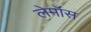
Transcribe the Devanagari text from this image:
लेमॉस